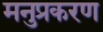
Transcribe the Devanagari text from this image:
मनुप्रकरण